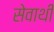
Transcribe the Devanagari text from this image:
सेवाथीं